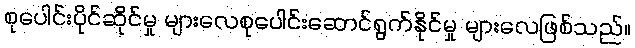
စုပေါင်းပိုင်ဆိုင်မှု များလေစုပေါင်းဆောင်ရွက်နိုင်မှု များလေဖြစ်သည်။